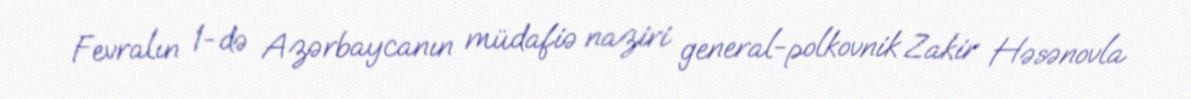
Fevralın 1-də Azərbaycanın müdafiə naziri general-polkovnik Zakir Həsənovla